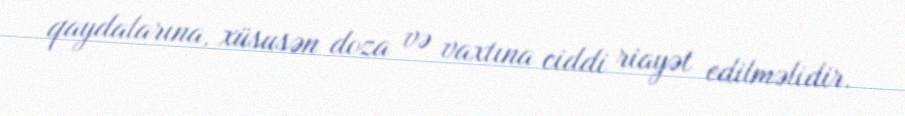
qaydalarına, xüsusən doza və vaxtına ciddi riayət edilməlidir.